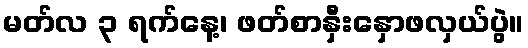
မတ်လ ၃ ရက်နေ့၊ ဖတ်စာနှီးနှောဖလှယ်ပွဲ။